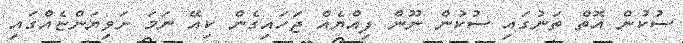
ސުކުން އޮތް ތަނުގައި ސުކުން ނޫން ފިއްޔެއް ޖަހައިގެން ކިއޭ ނަމަ ށަވިޔަންޏެއްގައި